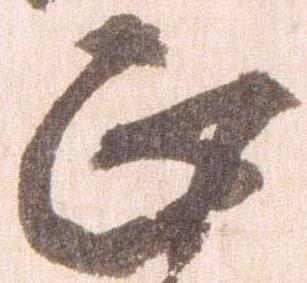
正